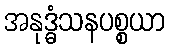
အနုဒ္ဓံသနပစ္စယာ